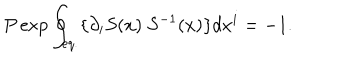
LaTeX: P \exp \oint _ { e q . } \{ \partial _ { i } S ( x ) \ S ^ { - 1 } ( x ) \} d x ^ { i } = - 1 .